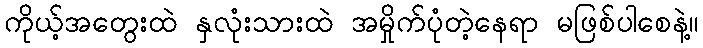
ကိုယ့်အတွေးထဲ နှလုံးသားထဲ အမှိုက်ပုံတဲ့နေရာ မဖြစ်ပါစေနဲ့။